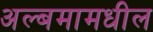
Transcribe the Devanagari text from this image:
अल्बमामधील